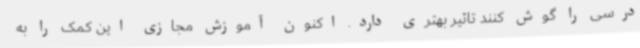
درسی را گوش کنند تاثیر بهتری دارد. اکنون آموزش مجازی این کمک را به